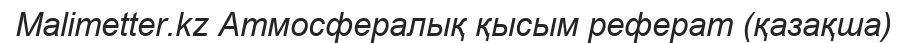
Malimetter.kz Атмосфералық қысым реферат (қазақша)